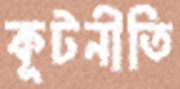
কূটনীতি